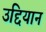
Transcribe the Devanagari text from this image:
उद्दियान